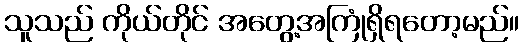
သူသည် ကိုယ်တိုင် အတွေ့အကြုံရှိရတော့မည်။